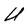
Character: U